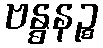
ဗန္ဓနဉ္စ